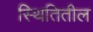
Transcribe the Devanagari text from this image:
स्थितितील